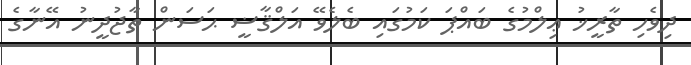
ދިވެހި ތާރީޚު ޢިލްމުގެ ބައްޕަ ކަމުގައި ބެލެވޭ އަލްޤާޟީ ޙަސަން ތާޖުދީނު އޭނާގެ